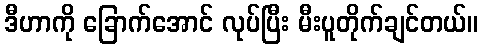
ဒီဟာကို ခြောက်အောင် လုပ်ပြီး မီးပူတိုက်ချင်တယ်။